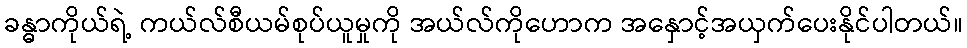
ခန္ဓာကိုယ်ရဲ့ ကယ်လ်စီယမ်စုပ်ယူမှုကို အယ်လ်ကိုဟောက အနှောင့်အယှက်ပေးနိုင်ပါတယ်။